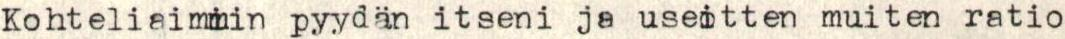
Kohteliaimmin pyydän itseni ja useitten muiten ratio